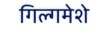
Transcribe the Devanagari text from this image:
गिल्गमेशे